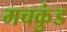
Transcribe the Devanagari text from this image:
मचकुंड